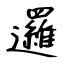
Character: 邏